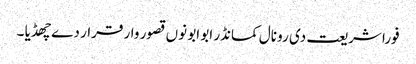
فورا شریعت دی رو نال کمانڈر ابو ابو نوں قصور وار قرار دے چھڈیا ۔